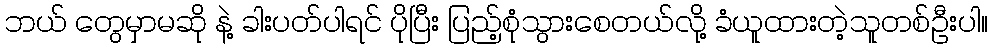
ဘယ် တွေမှာမဆို နဲ့ ခါးပတ်ပါရင် ပိုပြီး ပြည့်စုံသွားစေတယ်လို့ ခံယူထားတဲ့သူတစ်ဦးပါ။